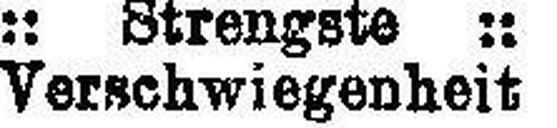
Verschwiegenheit